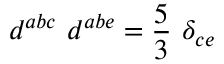
d ^ { a b c } ~ d ^ { a b e } = \frac { 5 } { 3 } ~ \delta _ { c e }